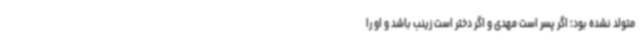
متولد نشده بود؛ اگر پسر است مهدی و اگر دختر است زینب باشد و او را